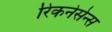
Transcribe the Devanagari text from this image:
रिकनेसेन्स